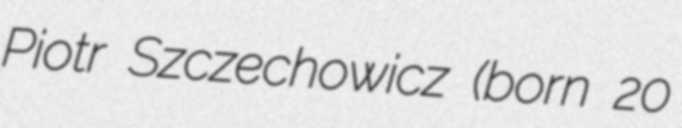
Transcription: Piotr Szczechowicz (born 20